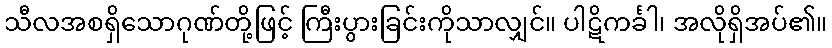
သီလအစရှိသောဂုဏ်တို့ဖြင့် ကြီးပွားခြင်းကိုသာလျှင်။ ပါဋိကင်္ခါ၊ အလိုရှိအပ်၏။